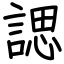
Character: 諰